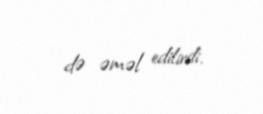
də əməl edilirdi.